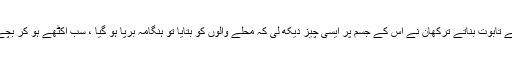
سالہ بچے کی موت، دفنانے کیلئے تابوت بناتے ترکھان نے اس کے جسم پر ایسی چیز دیکھ لی کہ محلے والوں کو بتایا تو ہنگامہ برپا ہو گیا ، سب اکٹھے ہو کر بچے کے باپ پر ٹوٹ پڑے کیونکہ۔